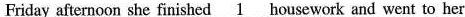
Friday afternoon she finished \underline{1} housework and went to her